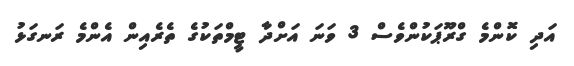
އަދި ކޮންމެ ގްރޫޕަކުންވެސް 3 ވަނަ އަށްދާ ޓީމްތަކުގެ ތެރެއިން އެންމެ ރަނގަޅު